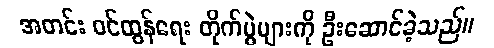
အတင်း ဝင်ထွန်ရေး တိုက်ပွဲများကို ဦးဆောင်ခဲ့သည်။